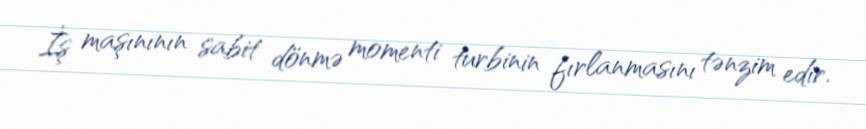
İş maşınının sabit dönmə momenti turbinin fırlanmasını tənzim edir.